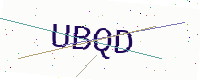
Text: UBQD